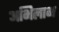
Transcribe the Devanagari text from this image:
अभिलाभ